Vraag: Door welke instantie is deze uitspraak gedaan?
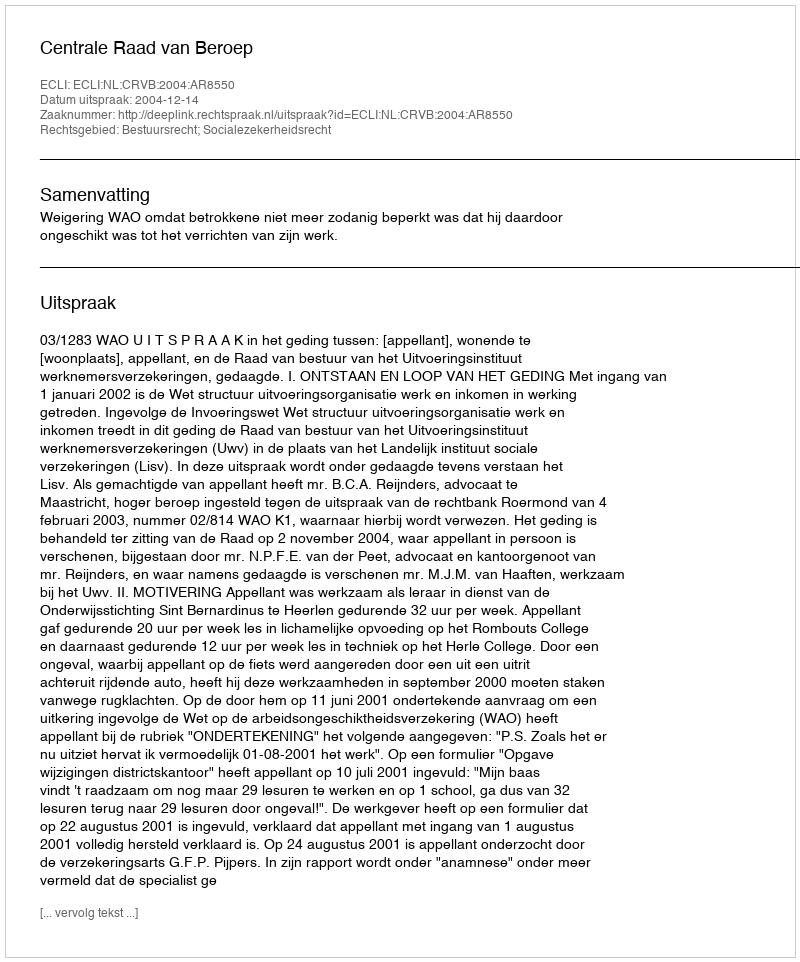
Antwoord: Centrale Raad van Beroep